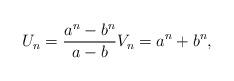
LaTeX: \begin{align*}U_{n}=\frac{a^{n}-b^{n}}{a -b } V_{n}=a^{n}+b^{n},\end{align*}